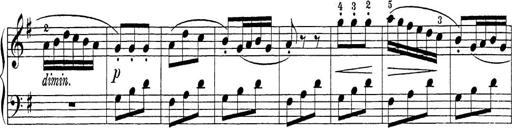
Title: Sonatina Album
Composer: Louis KÃ¶hler